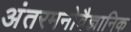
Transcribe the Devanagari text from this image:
अंतरमनोवैज्ञानिक